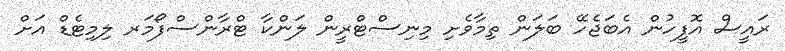
ރައީސް އޮފީހުން އެބަޖެހޭ ބަލަން ތިމާވެށި މިނިސްޓްރީން ލަންކާ ޓްރާންސްފޯމަރ ލިމިޓެޑް އަށް